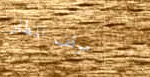
موقف المطار